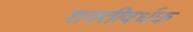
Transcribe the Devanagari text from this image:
शक्तीवर्धक